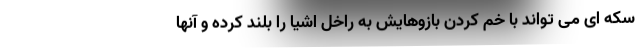
سکه ای می تواند با خم کردن بازوهایش به راخل اشیا را بلند کرده و آنها